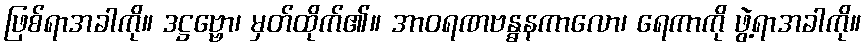
ဖြစ်ရာအခါကို။ ဒဋ္ဌဗ္ဗော၊ မှတ်ထိုက်၏။ အာဝရဏဗန္ဓနကာလော၊ ရေကာကို ဖွဲ့ရာအခါကို။